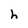
Character: h